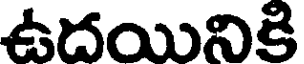
ఉదయినికి